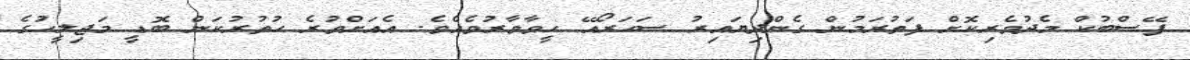
ފޭސްބުކް މެދުވެރިކޮށް ފަތުރަމުން ގެންދިޔައިރު ސަހަރޯއޭ ހީވާވާރުވެއެވެ. އެއަށްވުރެ ހުތުރުކަން ބޮޑީ މަޖިލީހުގެ